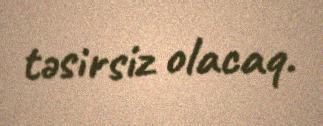
təsirsiz olacaq.